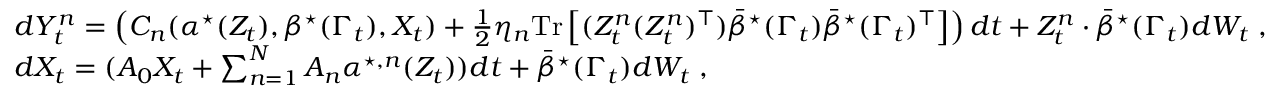
\begin{array} { r l } & { d Y _ { t } ^ { n } = \left( C _ { n } ( \alpha ^ { \star } ( Z _ { t } ) , \beta ^ { \star } ( \Gamma _ { t } ) , X _ { t } ) + \frac 1 2 \eta _ { n } \mathrm { T r } \left[ ( Z _ { t } ^ { n } ( Z _ { t } ^ { n } ) ^ { \top } ) \bar { { \beta } } ^ { \star } ( \Gamma _ { t } ) \bar { { \beta } } ^ { \star } ( \Gamma _ { t } ) ^ { \top } \right] \right) d t + Z _ { t } ^ { n } \cdot \bar { { \beta } } ^ { \star } ( \Gamma _ { t } ) d W _ { t } \; , } \\ & { d X _ { t } = ( A _ { 0 } X _ { t } + \sum _ { n = 1 } ^ { N } A _ { n } { \alpha } ^ { \star , n } ( Z _ { t } ) ) d t + \bar { { \beta } } ^ { \star } ( \Gamma _ { t } ) d W _ { t } \; , } \end{array}